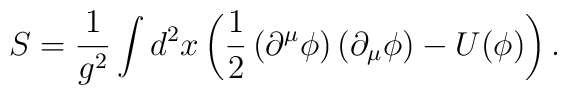
S=\frac{1}{g^2} \int d^2x \left(\frac{1}{2} \left(\partial^{\mu}\phi\right)\left(\partial_{\mu}\phi\right)-U(\phi)\right).